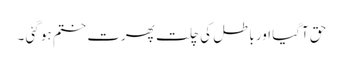
حق آگیا اور باطل کی چلت پھرت ختم ہو گئی ۔